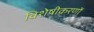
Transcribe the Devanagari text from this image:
विशेषीकरणों